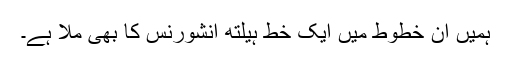
ہمیں ان خطوط میں ایک خط ہیلتھ انشورنس کا بھی ملا ہے۔